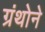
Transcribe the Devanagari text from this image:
ग्रंथोने